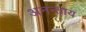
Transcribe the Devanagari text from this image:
अनन्ताय